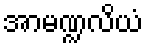
အာမဏ္ဍလိယံ